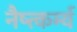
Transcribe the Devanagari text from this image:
नैष्त्कर्म्य